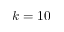
k = 1 0